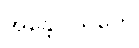
အန္တေဝါသိကေ